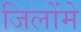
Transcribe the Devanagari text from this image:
जिलोंमे